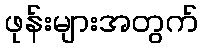
ဖုန်းများအတွက်